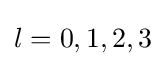
l=0,1,2,3